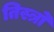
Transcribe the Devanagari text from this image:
तिस्त्रो